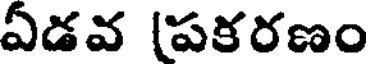
ఏడవ (పకరణం